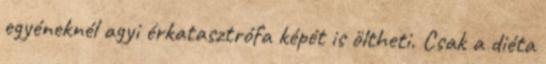
egyéneknél agyi érkatasztrófa képét is öltheti. Csak a diéta